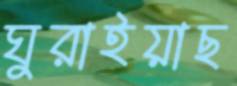
ঘুরাইয়াছ